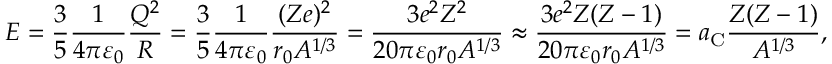
E = { \frac { 3 } { 5 } } { \frac { 1 } { 4 \pi \varepsilon _ { 0 } } } { \frac { Q ^ { 2 } } { R } } = { \frac { 3 } { 5 } } { \frac { 1 } { 4 \pi \varepsilon _ { 0 } } } { \frac { ( Z e ) ^ { 2 } } { r _ { 0 } A ^ { 1 / 3 } } } = { \frac { 3 e ^ { 2 } Z ^ { 2 } } { 2 0 \pi \varepsilon _ { 0 } r _ { 0 } A ^ { 1 / 3 } } } \approx { \frac { 3 e ^ { 2 } Z ( Z - 1 ) } { 2 0 \pi \varepsilon _ { 0 } r _ { 0 } A ^ { 1 / 3 } } } = a _ { \mathrm { C } } { \frac { Z ( Z - 1 ) } { A ^ { 1 / 3 } } } ,